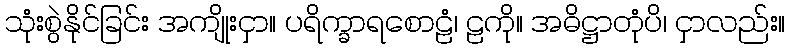
သုံးစွဲနိုင်ခြင်း အကျိုးငှာ။ ပရိက္ခာရစောဠံ၊ ဠကို။ အဓိဋ္ဌာတုံပိ၊ ငှာလည်း။